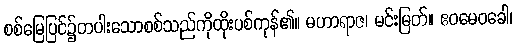
စစ်မြေပြင်၌တပါးသောစစ်သည်ကိုထိုးပစ်ကုန်၏။ မဟာရာဇ၊ မင်းမြတ်။ ဧဝမေဝခေါ၊